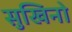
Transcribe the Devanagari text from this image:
सुखिनो